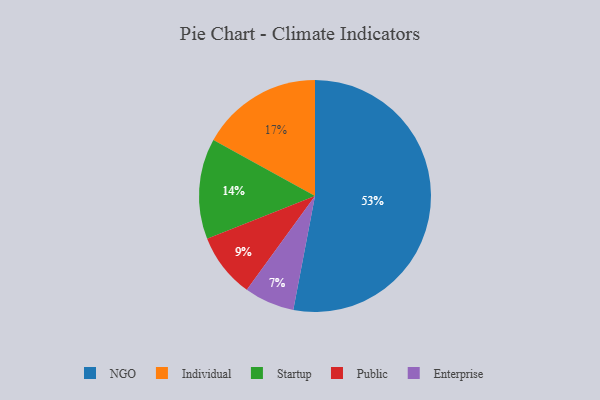
{"axis": {"x": "Category", "y": "Percentage"}, "legend": ["Enterprise", "Individual", "NGO", "Public", "Startup"], "data": [{"x": "Public", "y": 9, "type": "Public"}, {"x": "Startup", "y": 14, "type": "Startup"}, {"x": "NGO", "y": 53, "type": "NGO"}, {"x": "Individual", "y": 17, "type": "Individual"}, {"x": "Enterprise", "y": 7, "type": "Enterprise"}]}